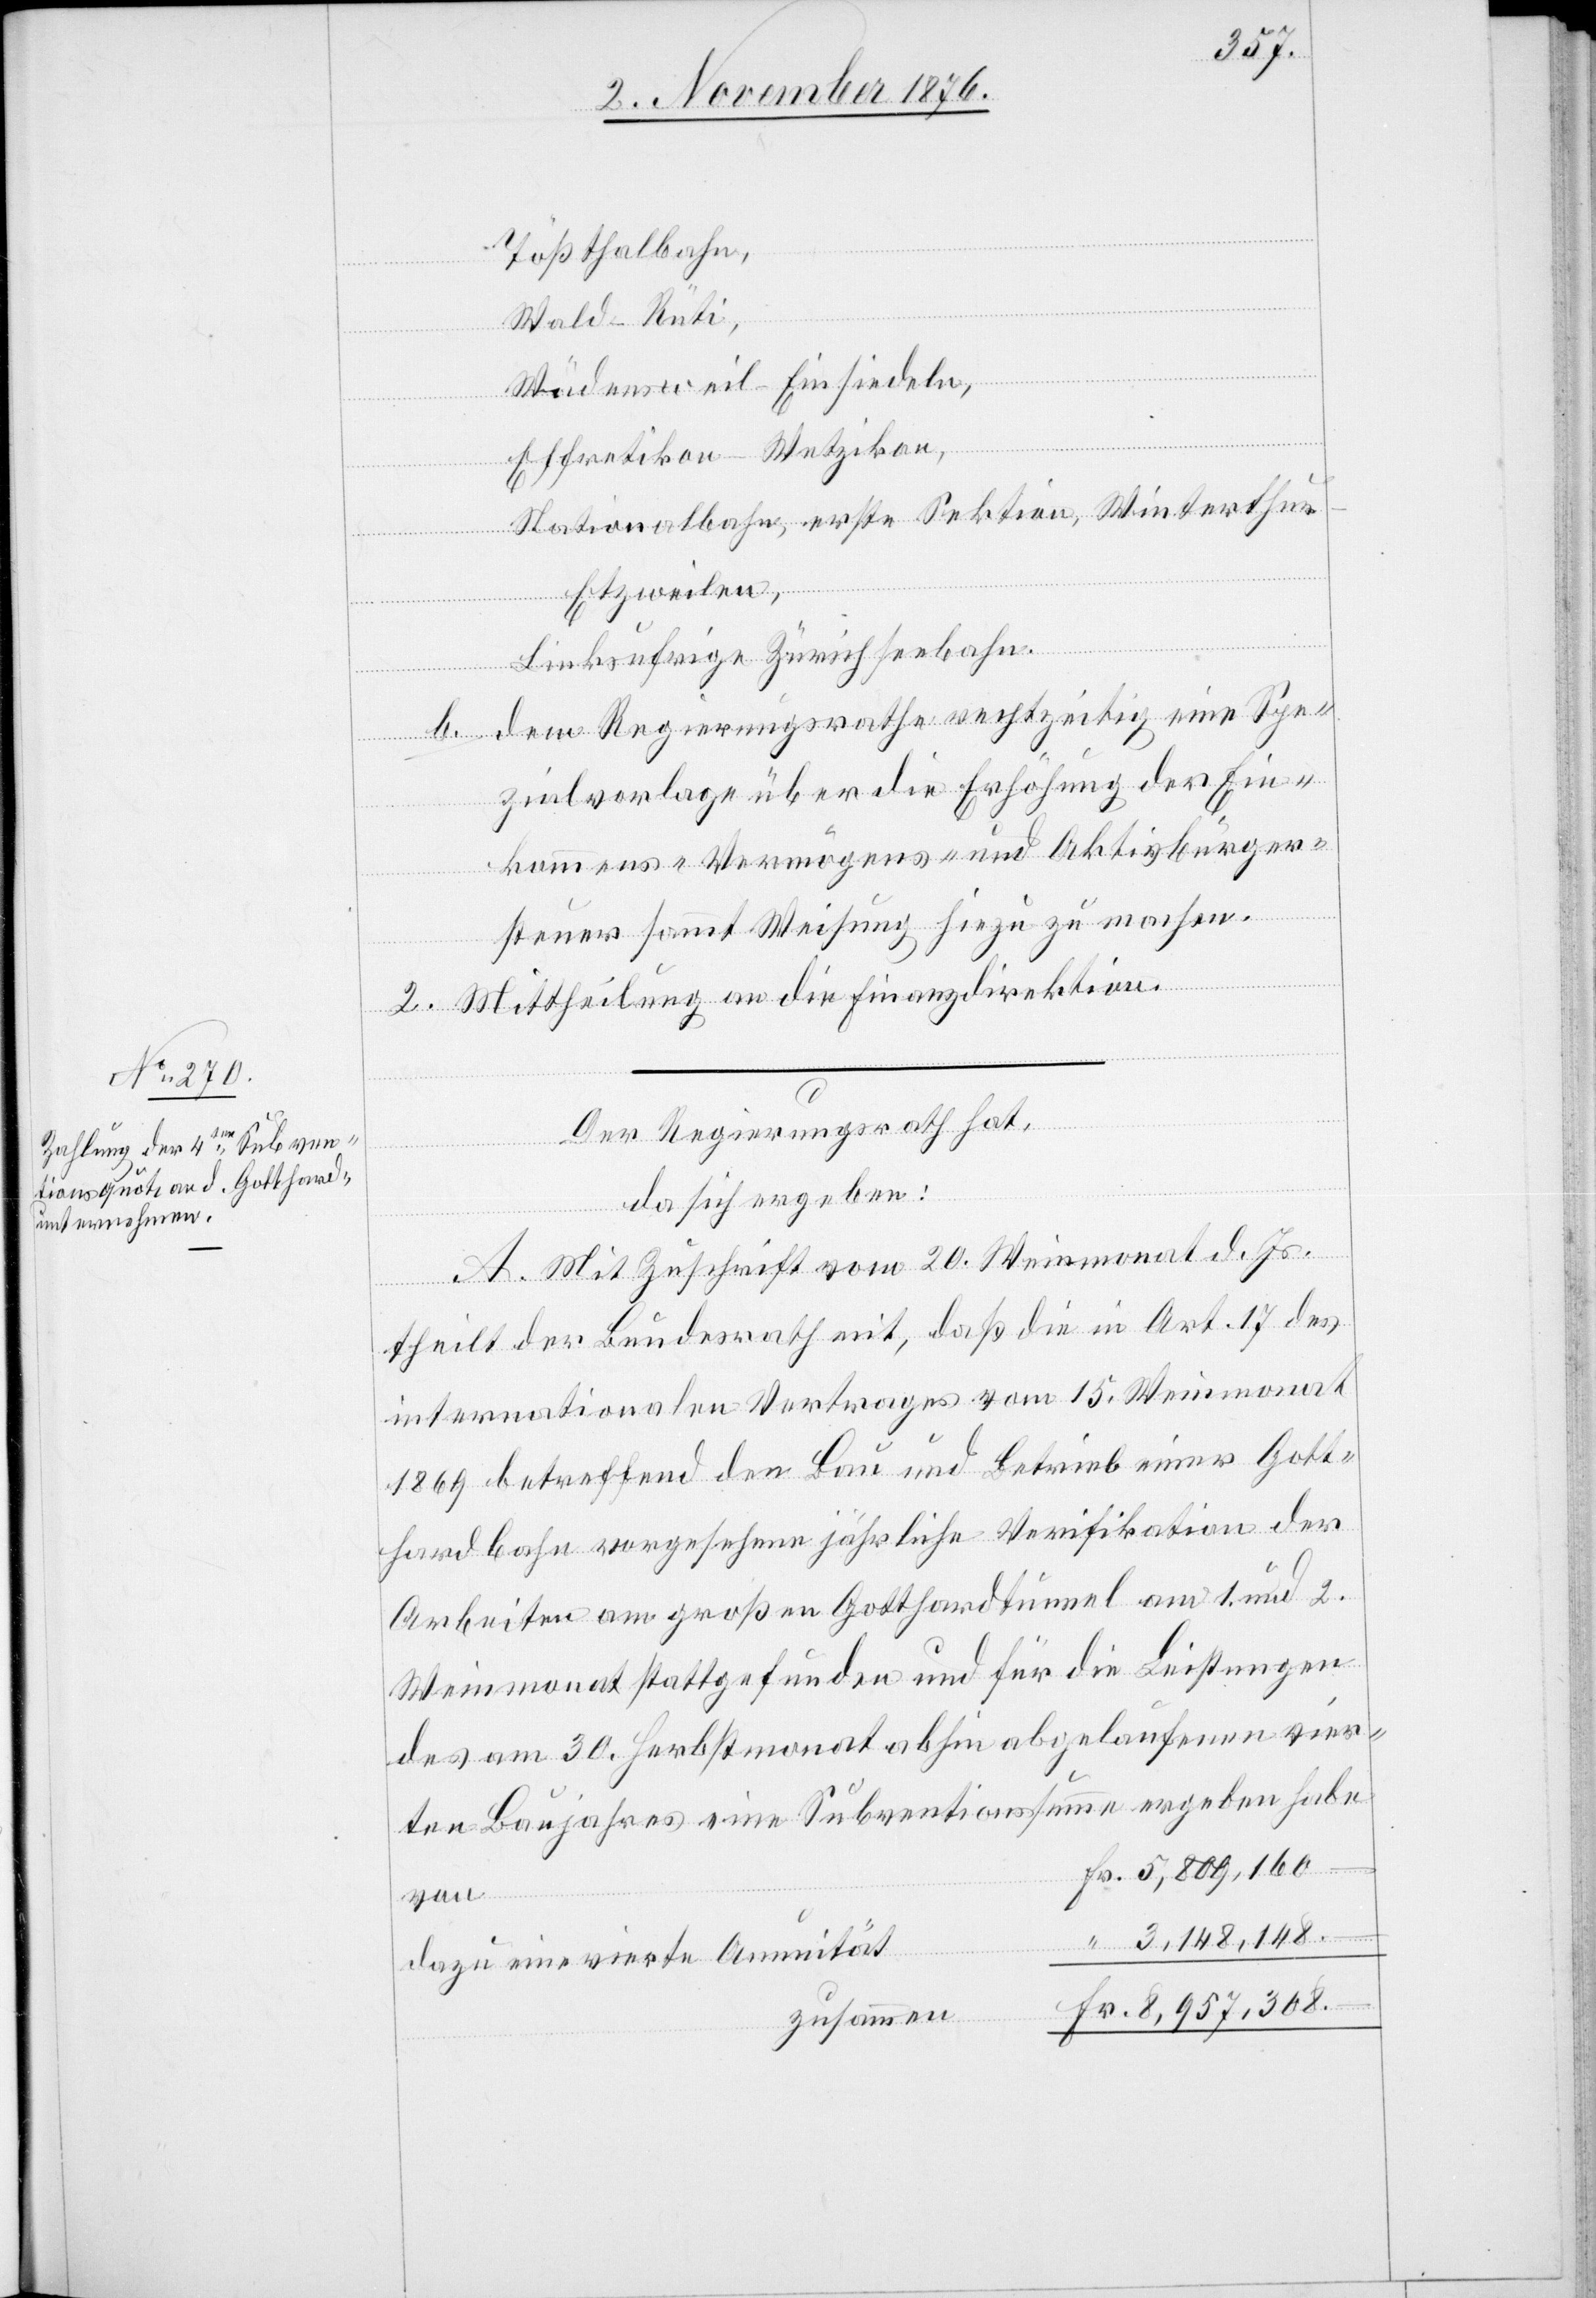
Tößthalbahn,
Wald–Rüti,
Wädensweil–Einsiedeln,
Effretikon–Wetzikon,
Nationalbahn erste Sektion, Winterthu¬
r–Etzweilen,
linksufrige Zürichseebahn.
dem Regierungsrathe rechtzeitig eine Spe¬
zialvorlage über die Erhöhung der Ein¬
kommens-[,] Vermögens- und Aktivbürger¬
steuer sammt Weisung hiezu zu machen.
Fr.
2. Mittheilung an die Finanzdirektion.
“
Der Regierungsrath hat,
da sich ergeben:
A. Mit Zuschrift vom 20. Weinmonat d. Js.
theilt der Bundesrath mit, daß die in Art. 17 des
internationalen Vertrages vom 15. Weinmonat
1869 betreffend den Bau und Betrieb einer Gott¬
hardbahn vorgesehene jährliche Verifikation der
Arbeiten am großen Gotthardtunnel am 1. und 2.
Weinmonat stattgefunden und für die Leistungen
des am 30. Herbstmonat abhin abgelaufenen vier¬
ten Baujahres eine Subventionssumme ergeben habe
dazu eine vierte Annuität
zusammen